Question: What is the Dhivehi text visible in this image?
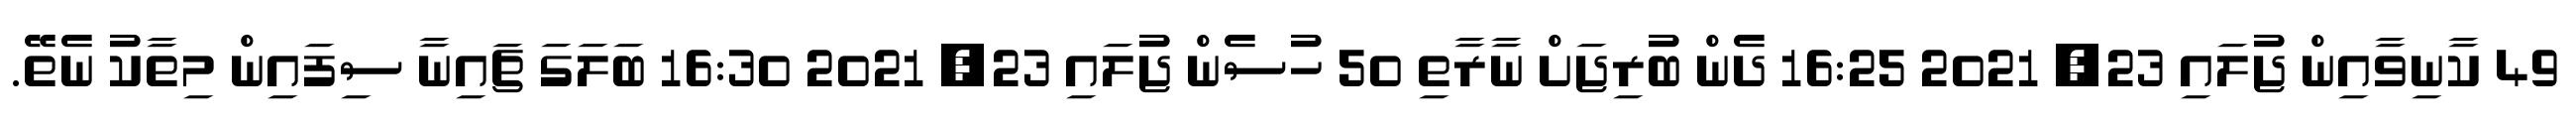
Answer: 49 ކާނިވާއިން ޖުލައި 23, 2021 16:25 ދެން ބުރިޖަށް ނާރާތި 50 ހުސެން ޖުލައި 23, 2021 16:30 ބަލަގަ ޗައިނާ ސިފައިން މިތާކު ނެތޭ.